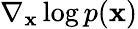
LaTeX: \nabla_{\mathbf{x}}\log{p(\mathbf{x})}